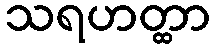
သရဟတ္ထာ